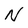
Character: N